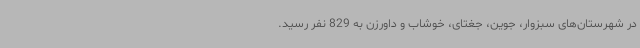
در شهرستان‌های سبزوار، جوین، جغتای، خوشاب و داورزن به 829 نفر رسید.